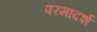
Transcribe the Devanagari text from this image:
परमादर्श